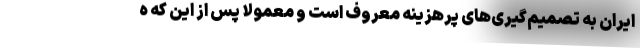
ایران به تصمیم‌گیری‌های پرهزینه معروف است و معمولا پس از این که ه